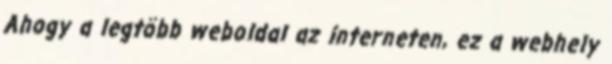
Ahogy a legtöbb weboldal az interneten, ez a webhely